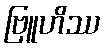
ဗြူဟိဿ